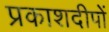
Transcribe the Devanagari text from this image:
प्रकाशदीपों